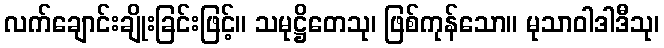
လက်ချောင်းချိုးခြင်းဖြင့်။ သမုဋ္ဌိတေသု၊ ဖြစ်ကုန်သော။ မုသာဝါဒါဒီသု၊